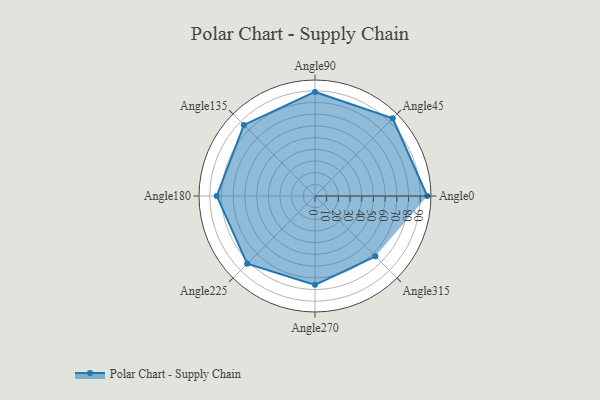
{"axis": {"x": "Angle", "y": "Radius"}, "legend": [""], "data": [{"x": "Angle0", "y": 96.0, "type": ""}, {"x": "Angle45", "y": 94.0, "type": ""}, {"x": "Angle90", "y": 89.0, "type": ""}, {"x": "Angle135", "y": 86.0, "type": ""}, {"x": "Angle180", "y": 84.0, "type": ""}, {"x": "Angle225", "y": 82.0, "type": ""}, {"x": "Angle270", "y": 76.0, "type": ""}, {"x": "Angle315", "y": 73.0, "type": ""}]}